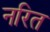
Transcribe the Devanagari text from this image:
नरित